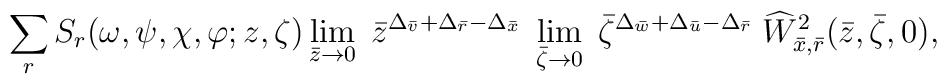
\sum_{r}S_{r}(\omega, \psi, \chi, \varphi; z, \zeta)\lim_{\bar{z} \rightarrow 0} \;\bar{z}^{\Delta_{\bar{v}} + \Delta_{\bar{r}} - \Delta_{\bar{x}}} \;\lim_{\bar{\zeta}\rightarrow 0} \;\bar{\zeta}^{\Delta_{\bar{w}} +\Delta_{\bar{u}} - \Delta_{\bar{r}}} \;\widehat{W}_{\bar{x},\bar{r}}^{2}(\bar{z},\bar{\zeta},0),